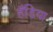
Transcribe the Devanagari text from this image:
हँडिया